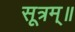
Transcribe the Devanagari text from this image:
सूत्रम्॥